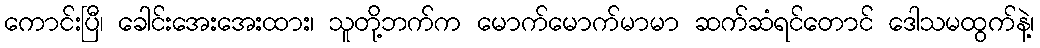
ကောင်းပြီ၊ ခေါင်းအေးအေးထား၊ သူတို့ဘက်က မောက်မောက်မာမာ ဆက်ဆံရင်တောင် ဒေါသမထွက်နဲ့၊